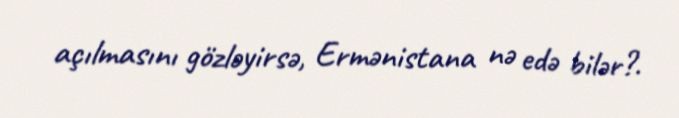
açılmasını gözləyirsə, Ermənistana nə edə bilər?.